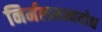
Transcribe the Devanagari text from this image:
निर्मलमन्ययोश्च